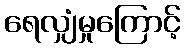
ရေလျှံမှုကြောင့်